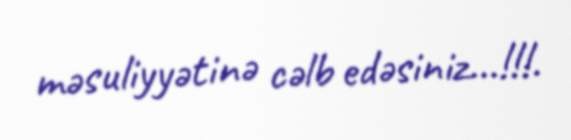
məsuliyyətinə cəlb edəsiniz...!!!.